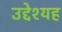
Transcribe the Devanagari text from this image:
उद्देश्यह